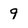
Character: 9